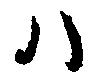
ハ